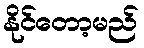
နိုင်တော့မည်